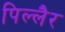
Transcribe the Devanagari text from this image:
पिल्लैर